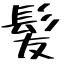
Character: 髪